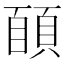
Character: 𩓑